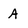
Character: A